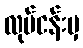
လုပ်ငန်းမှ